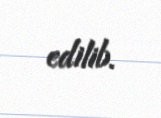
edilib.